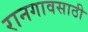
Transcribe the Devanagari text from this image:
रानगावसाठी